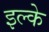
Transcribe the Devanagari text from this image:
इल्‍के